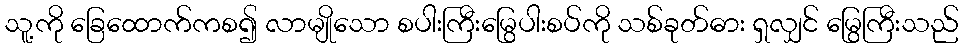
သူ့ကို ခြေထောက်ကစ၍ လာမျိုသော စပါးကြီးမြွေပါးစပ်ကို သစ်ခုတ်ဓား ရှလျှင် မြွေကြီးသည်